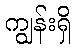
ကျွန်းရှိ